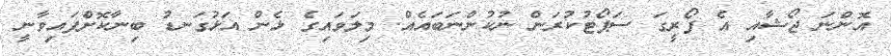
އޮންނަ ޖޯޝާއި އެ ފޯރީގަ ސަޕޯޓުކުރަން ނުކުންނަބައެއް. މިލަވައިގެ ޅެން އަޅުގަނޑު ބިނާކޮށްފައިވާނީ